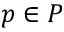
p \in P